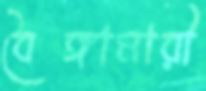
বৈঙ্গামারী